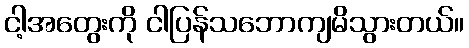
ငါ့အတွေးကို ငါပြန်သဘောကျမိသွားတယ်။